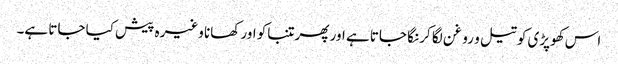
اس کھوپڑی کو تیل و روغن لگا کر نگا جاتا ہے اور پھر تنباکو اور کھانا وغیرہ پیش کیا جاتا ہے۔